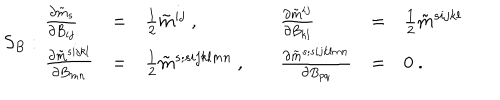
S _ { B } : \begin{array} { l l l l l l } { { \frac { \partial \tilde { m } _ { s } } { \partial B _ { i j } } } } & { { = } } & { { \frac { 1 } { 2 } \tilde { m } ^ { i j } \ , \quad } } & { { \frac { \partial \tilde { m } ^ { i j } } { \partial B _ { k l } } } } & { { = } } & { { \frac { 1 } { 2 } \tilde { m } ^ { s i j k l } \ \quad } } \\ { { \frac { \partial \tilde { m } ^ { s i j k l } } { \partial B _ { m n } } } } & { { = } } & { { \frac { 1 } { 2 } \tilde { m } ^ { s ; s i j k l m n } \ , \quad } } & { { \frac { \partial \tilde { m } ^ { s ; s i j k l m n } } { \partial B _ { p q } } } } & { { = } } & { { 0 \ . } } \\ \end{array}